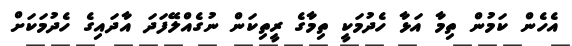
އެހެން ކަމުން ތިމާ އަޅާ ހެދުމަކީ ތިމާގެ ރީތިކަން ނުގެއްލޭފަދަ އާދައިގެ ހެދުމަކަށް